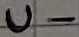
Text: U-